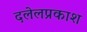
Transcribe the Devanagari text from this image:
दलेलप्रकाश